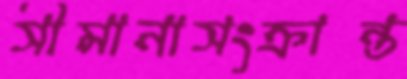
সীমানাসংক্রান্ত